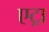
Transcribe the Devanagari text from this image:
एट्रा